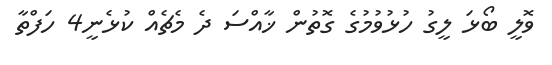
ވޮލީ ބޯޅަ ލީގު ހުޅުވުމުގެ ގޮތުން ޚާއްސަ ދެ މެޗެއް ކުޅެނީ4 ހަފްތާ